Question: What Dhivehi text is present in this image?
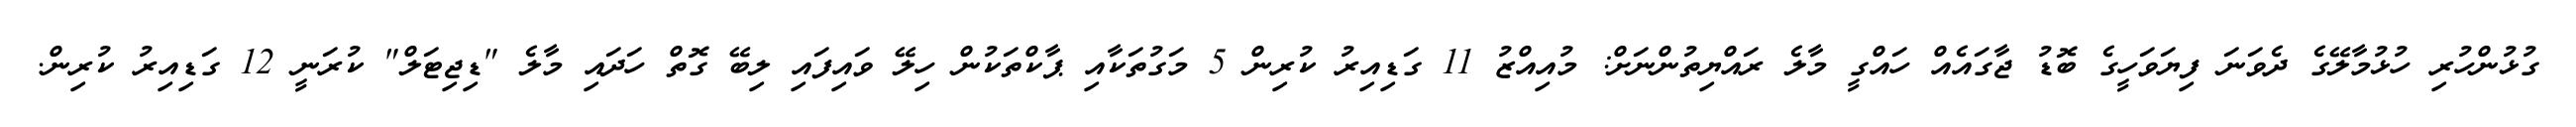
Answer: ގުޅުންހުރި ހުޅުމާލޭގެ ދެވަނަ ފިޔަވަހީގެ ބޮޑު ޖާގައެއް ހައްގީ މާލެ ރައްޔިތުންނަށް: މުއިއްޒު 11 ގަޑިއިރު ކުރިން 5 މަގުތަކާއި ޕާކްތަކުން ހިލޭ ވައިފައި ލިބޭ ގޮތް ހަދައި މާލެ "ޑިޖިޓަލް" ކުރަނީ 12 ގަޑިއިރު ކުރިން.